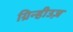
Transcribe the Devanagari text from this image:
ग्रिन्हीउज़